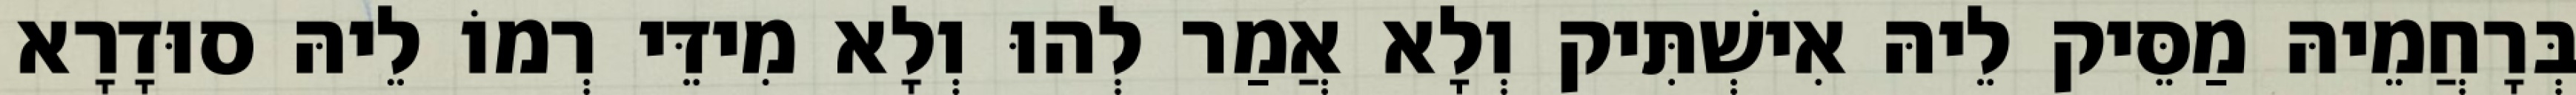
בְּרָחֲמֵיהּ מַסֵּיק לֵיהּ אִישְׁתִּיק וְלָא אֲמַר לְהוּ וְלָא מִידֵּי רְמוֹ לֵיהּ סוּדָרָא